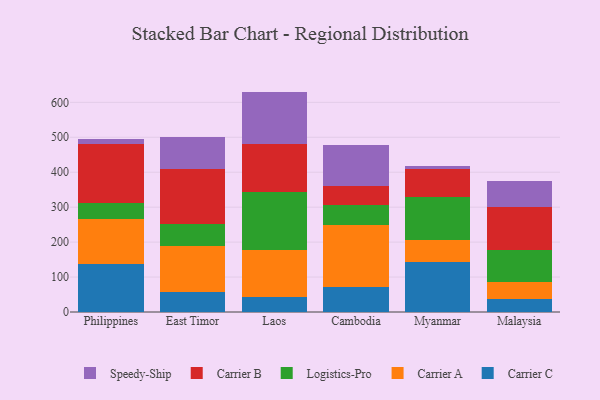
{"axis": {"x": "Country", "y": "Tickets Resolved"}, "legend": ["Carrier A", "Carrier B", "Carrier C", "Logistics-Pro", "Speedy-Ship"], "data": [{"x": "Philippines", "y": 136.2, "type": "Carrier C"}, {"x": "Philippines", "y": 129.4, "type": "Carrier A"}, {"x": "Philippines", "y": 45.9, "type": "Logistics-Pro"}, {"x": "Philippines", "y": 169.2, "type": "Carrier B"}, {"x": "Philippines", "y": 13.5, "type": "Speedy-Ship"}, {"x": "East Timor", "y": 58.5, "type": "Carrier C"}, {"x": "East Timor", "y": 130.2, "type": "Carrier A"}, {"x": "East Timor", "y": 64.2, "type": "Logistics-Pro"}, {"x": "East Timor", "y": 154.9, "type": "Carrier B"}, {"x": "East Timor", "y": 92.7, "type": "Speedy-Ship"}, {"x": "Laos", "y": 42.2, "type": "Carrier C"}, {"x": "Laos", "y": 135.3, "type": "Carrier A"}, {"x": "Laos", "y": 166.8, "type": "Logistics-Pro"}, {"x": "Laos", "y": 136.1, "type": "Carrier B"}, {"x": "Laos", "y": 150.3, "type": "Speedy-Ship"}, {"x": "Cambodia", "y": 71.9, "type": "Carrier C"}, {"x": "Cambodia", "y": 177.6, "type": "Carrier A"}, {"x": "Cambodia", "y": 56.4, "type": "Logistics-Pro"}, {"x": "Cambodia", "y": 55.9, "type": "Carrier B"}, {"x": "Cambodia", "y": 115.9, "type": "Speedy-Ship"}, {"x": "Myanmar", "y": 143.8, "type": "Carrier C"}, {"x": "Myanmar", "y": 62.7, "type": "Carrier A"}, {"x": "Myanmar", "y": 123.3, "type": "Logistics-Pro"}, {"x": "Myanmar", "y": 80.2, "type": "Carrier B"}, {"x": "Myanmar", "y": 6.9, "type": "Speedy-Ship"}, {"x": "Malaysia", "y": 38.3, "type": "Carrier C"}, {"x": "Malaysia", "y": 47.4, "type": "Carrier A"}, {"x": "Malaysia", "y": 90.6, "type": "Logistics-Pro"}, {"x": "Malaysia", "y": 124.3, "type": "Carrier B"}, {"x": "Malaysia", "y": 74.1, "type": "Speedy-Ship"}]}